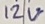
Text: 12V